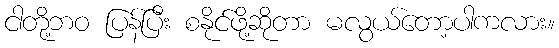
ငါတို့ဘဝ ပြန်ပြီး စနိုင်ဖို့ဆိုတာ မလွယ်တော့ပါကလား။